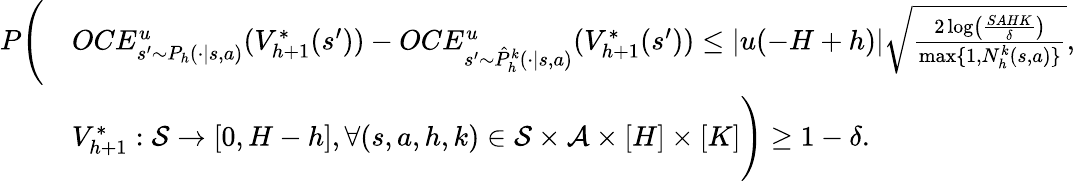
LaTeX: \begin{array}{rl}{P\Bigg(}&{OCE_{s^{\prime}\sim P_{h}(\cdot\vert s,a)}^{u}(V_{h+1}^{*}(s^{\prime}))-OCE_{s^{\prime}\sim\hat{P}_{h}^{k}(\cdot\vert s,a)}^{u}(V_{h+1}^{*}(s^{\prime}))\leq\vert u(-H+h)\vert\sqrt{\frac{2\log\left(\frac{SAHK}{\delta}\right)}{\operatorname*{max}\{ 1,N_{h}^{k}(s,a)\} }},}\\ &{V_{h+1}^{*}:\mathcal{S}\to[0,H-h],\forall(s,a,h,k)\in\mathcal{S}\times\mathcal{A}\times[H]\times[K]\Bigg)\geq 1-\delta.}\end{array}